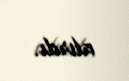
alırdı.